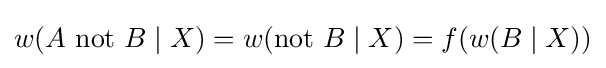
w(A{\text{ not }}B\mid X)=w({\text{not }}B\mid X)=f(w(B\mid X))